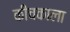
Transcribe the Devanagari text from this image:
कीचकाला